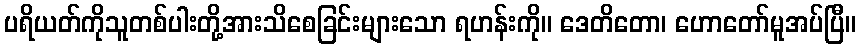
ပရိယတ်ကိုသူတစ်ပါးတို့အားသိစေခြင်းများသော ရဟန်းကို။ ဒေတိတော၊ ဟောတော်မူအပ်ပြီ။